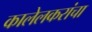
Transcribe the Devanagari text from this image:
कालेलकरांचा